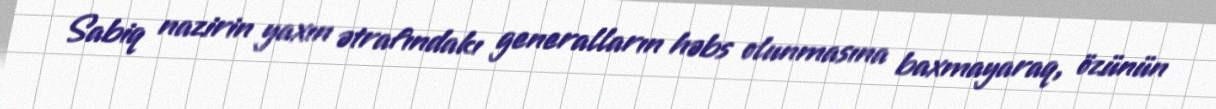
Sabiq nazirin yaxın ətrafındakı generalların həbs olunmasına baxmayaraq, özünün